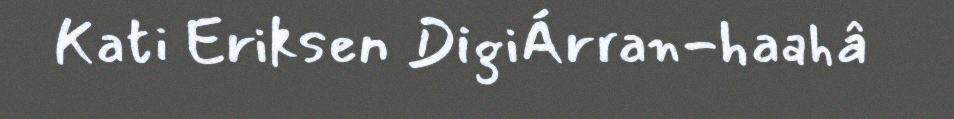
Kati Eriksen DigiÁrran-haahâ